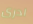
ادرى